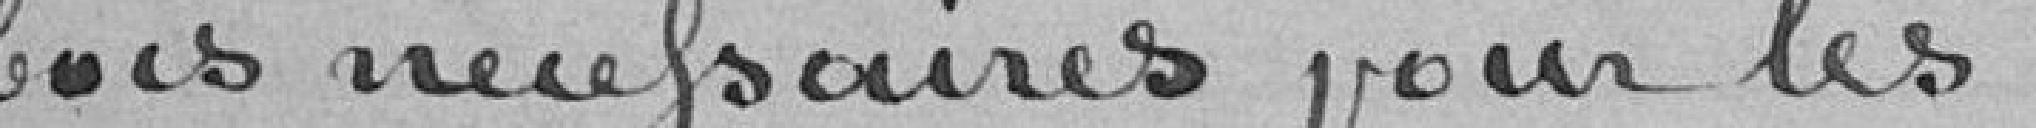
bois nécessaires pour les